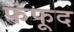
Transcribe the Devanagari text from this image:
फंफूद